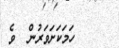
ހަމަކަށަވަރުން  ވެ